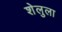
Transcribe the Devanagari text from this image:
शेलुला